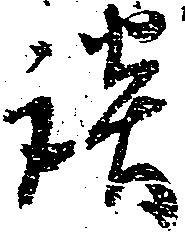
談